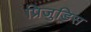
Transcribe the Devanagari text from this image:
प्रिजुडिस